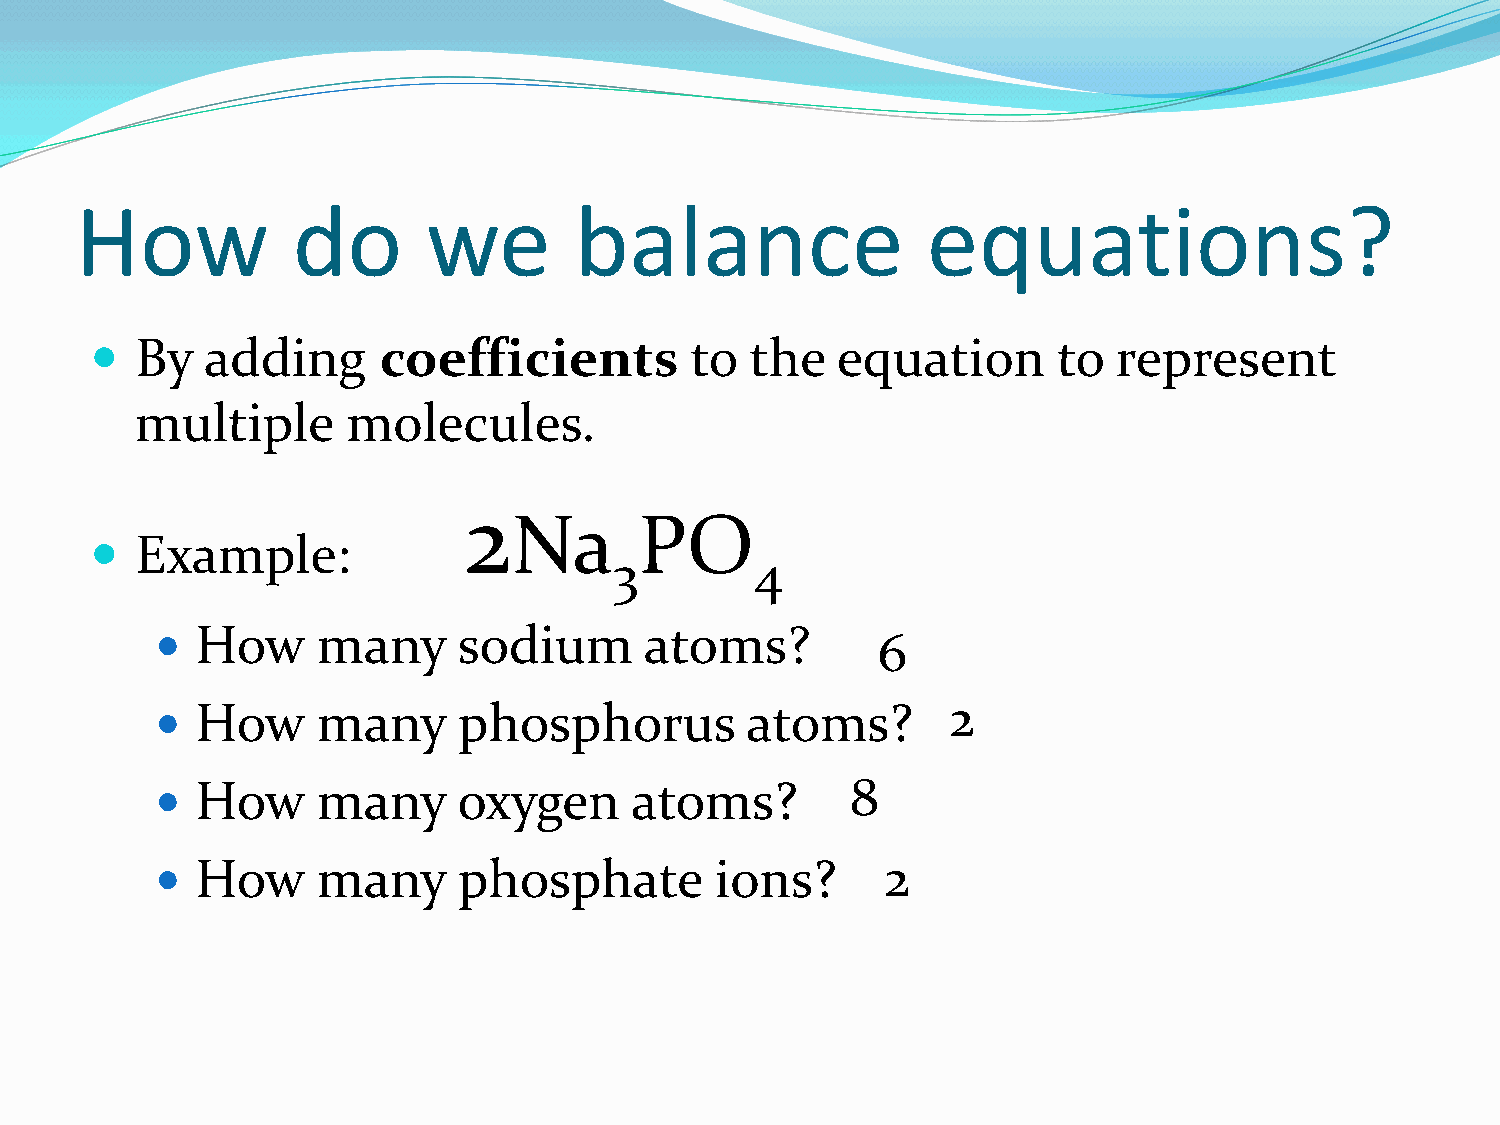
How           do       we        balance                equations?
   By   adding     coefficients         to  the  equation       to  represent
 multiple      molecules.
 2
 Na      PO
   Example:
 3        4
   How     many     sodium       atoms?         6
   How     many     phosphorus         atoms?        2
   How     many     oxygen      atoms?        8
   How     many     phosphate        ions?       2